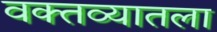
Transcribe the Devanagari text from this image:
वक्तव्यातला